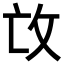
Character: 𢻬